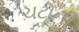
ચટાની